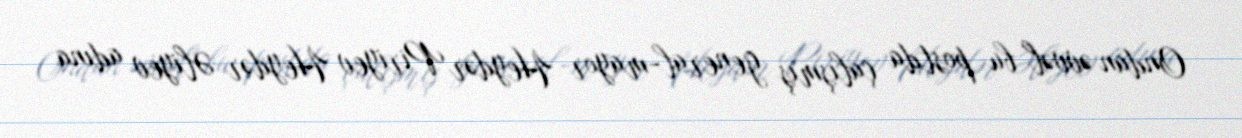
Ondan əvvəl bu postda çalışmış general-mayor Heydər Piriyev Heydər Əliyev adına